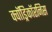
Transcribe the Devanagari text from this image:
क्वॉड्रिकॉरनिस